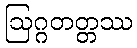
ဩဂ္ဂတတ္တဿ